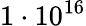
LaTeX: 1\cdot 10^{16}